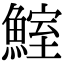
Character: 鰘